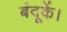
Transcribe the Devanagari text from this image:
बंदूकें।